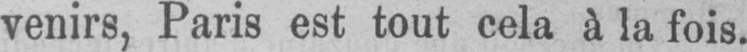
venirs, Paris est tout cela a la fois.